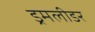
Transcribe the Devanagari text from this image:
ड्रमलीडर